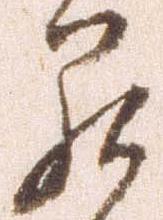
罷